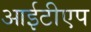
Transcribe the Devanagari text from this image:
आईटीएप